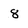
Character: 8